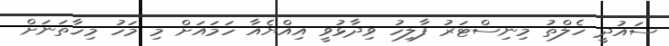
ސައުދީ ހެލްތު މިނިސްޓަރު ފާލިހު ވިދާޅުވީ އިއްޔެއާ ހަމައަށް މި މަހު މިހާތަނަށް